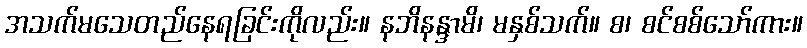
အသက်မသေတည်နေရခြင်းကိုလည်း။ နဘိနန္ဒာမိ၊ မနှစ်သက်။ စ၊ စင်စစ်သော်ကား။